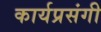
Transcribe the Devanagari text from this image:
कार्यप्रसंगी